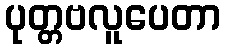
ပုတ္တဗလူပေတာ